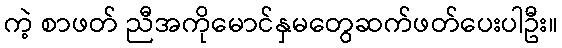
ကဲ့ စာဖတ် ညီအကိုမောင်နှမတွေဆက်ဖတ်ပေးပါဦး။